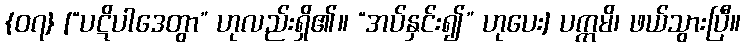
{၀၇} [“ပဋိပါဒေတွာ” ဟုလည်းရှိ၏။ “အပ်နှင်း၍” ဟုပေး] ပက္ကမိ၊ ဖယ်သွားပြီ။